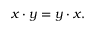
x \cdot y = y \cdot x .